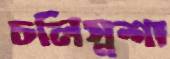
চলিস্নশা